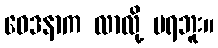
ဝေဒနာက လာလို့ မရဘူး။